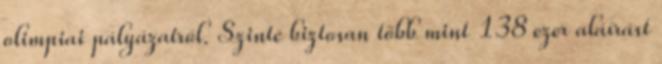
olimpiai pályázatról. Szinte biztosan több mint 138 ezer aláírást